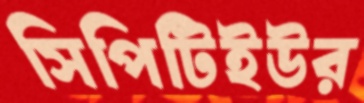
সিপিটিইউর